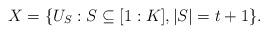
LaTeX: \begin{align*} X = \{ U_S : S \subseteq [1:K], |S| = t + 1\}. \end{align*}